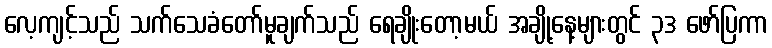
လေ့ကျင့်သည် သက်သေခံတော်မူချက်သည် ရေချိုးတော့မယ် အချို့နေ့များတွင် ၃ဒ ဖော်ပြကာ